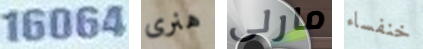
16064 هنرى مارلى خنفساء